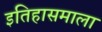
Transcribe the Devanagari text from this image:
इतिहासमाला